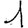
Digit: 1